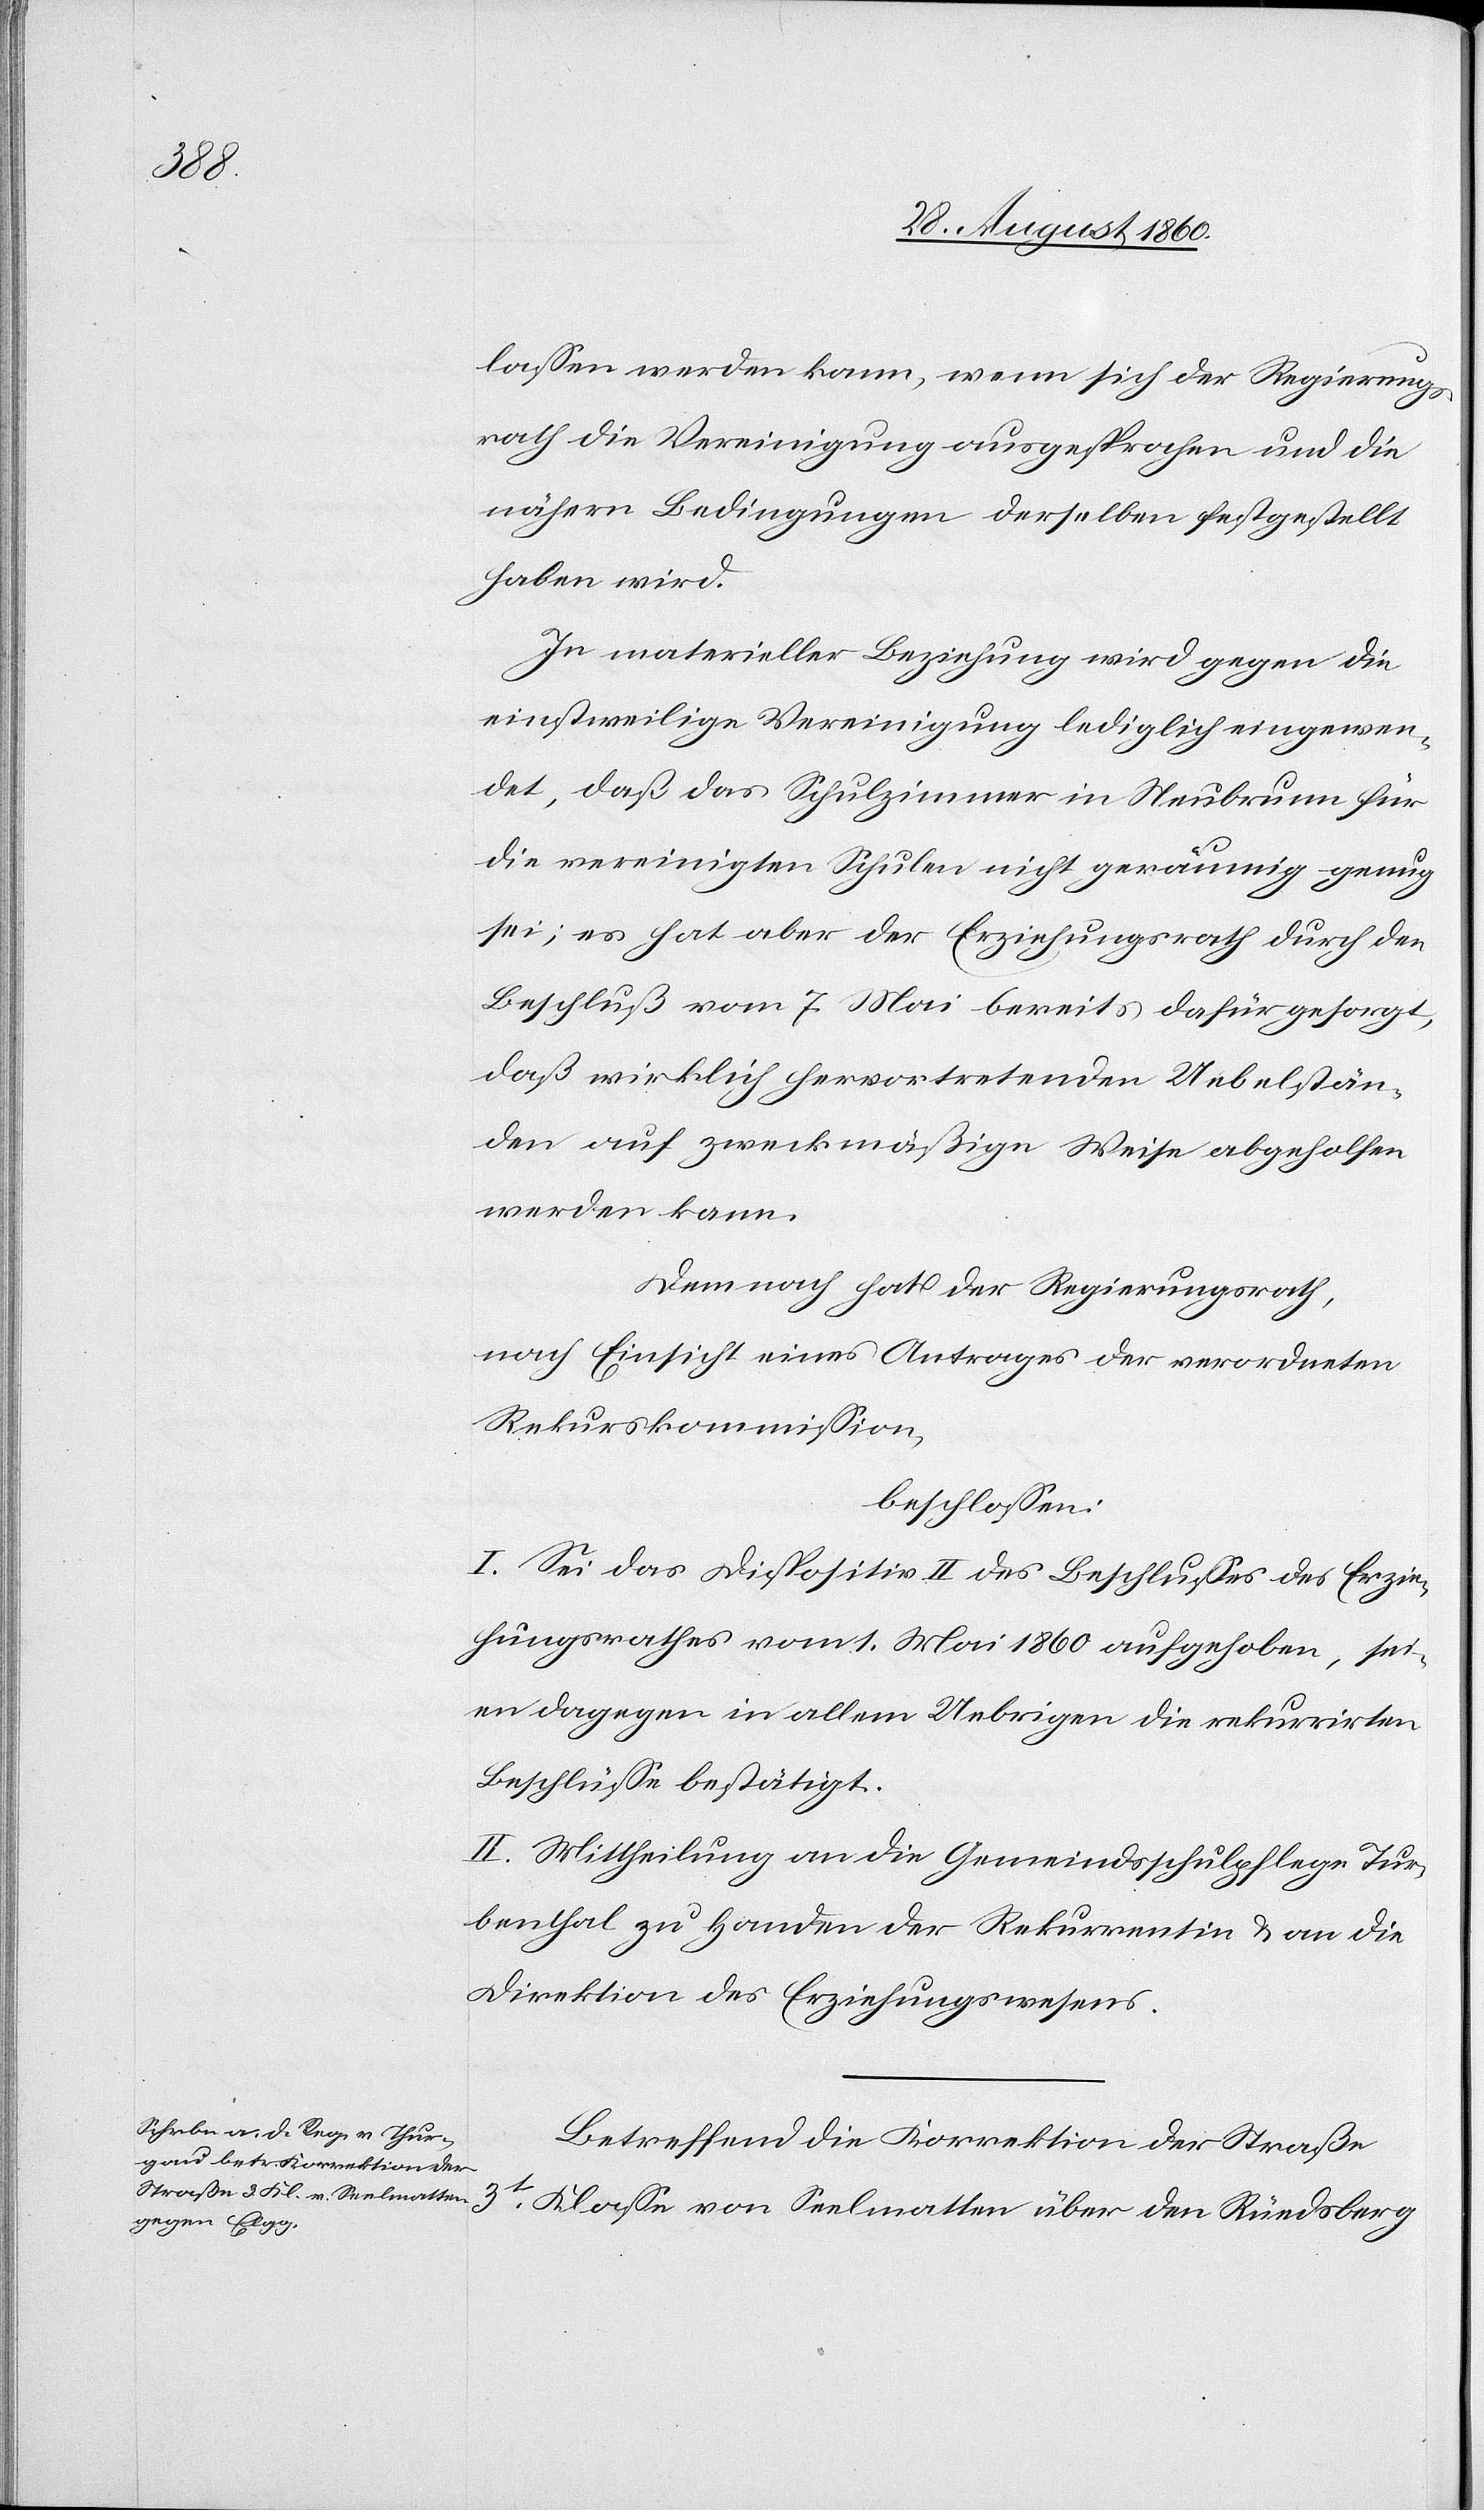
gegen Elgg,

lassen werden kann, wenn sich der Regierungs¬
rath für die Vereinigung ausgesprochen u. die
nähern Bedingungen derselben festgestellt
haben wird.
In materieller Beziehung wird gegen die
einstweilige Vereinigung leidlich eingewen¬
det, dass das Schulzimmer in Neubrunn für
die vereinigten Schulen nicht geräumig genug
sei; es hat aber der Erziehungsrath durch den
Beschluss vom 7. Mai bereits dafür gesorgt,
dass wirklich hervortretenden Uebelstän¬
den auf zweckmässige Weise abgeholfen
werden kann.
Demnach hat der Regierungsrath,
nach Einsicht eines Antrages der verordneten
Rekurskommission,
beschlossen:
I. Sei das Disp. II des Beschlusses des Erzie¬
hungsrathes vom 1. Mai 1860 aufgehoben, sei¬
en dagegen in allem Uebrigen die rekurrirten
Beschlüsse bestätigt.
II. Mittheilung an die Gemeindsschulpflege Tur¬
benthal zu Handen der Rekurrentin u. an die
Direktion des Erziehungswesens.
Betreffend die Korrektion der Strasse
3t Classe von Seelmatten über den Rüedsberg